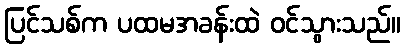
ပြင်သစ်က ပထမအခန်းထဲ ဝင်သွားသည်။